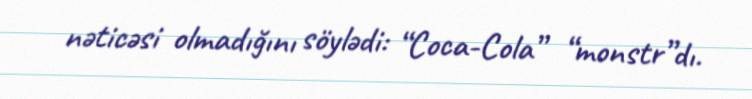
nəticəsi olmadığını söylədi: “Coca-Cola” “monstr”dı.